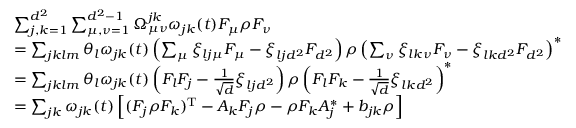
\begin{array} { r l } & { \sum _ { j , k = 1 } ^ { d ^ { 2 } } \sum _ { \mu , \nu = 1 } ^ { d ^ { 2 } - 1 } \Omega _ { \mu \nu } ^ { j k } \omega _ { j k } ( t ) F _ { \mu } \rho F _ { \nu } } \\ & { = \sum _ { j k l m } \theta _ { l } \omega _ { j k } ( t ) \left( \sum _ { \mu } \xi _ { l j \mu } F _ { \mu } - \xi _ { l j d ^ { 2 } } F _ { d ^ { 2 } } \right) \rho \left( \sum _ { \nu } \xi _ { l k \nu } F _ { \nu } - \xi _ { l k d ^ { 2 } } F _ { d ^ { 2 } } \right) ^ { * } } \\ & { = \sum _ { j k l m } \theta _ { l } \omega _ { j k } ( t ) \left( F _ { l } F _ { j } - \frac { 1 } { \sqrt { d } } \xi _ { l j d ^ { 2 } } \right) \rho \left( F _ { l } F _ { k } - \frac { 1 } { \sqrt { d } } \xi _ { l k d ^ { 2 } } \right) ^ { * } } \\ & { = \sum _ { j k } \omega _ { j k } ( t ) \left[ ( F _ { j } \rho F _ { k } ) ^ { \mathrm { T } } - A _ { k } F _ { j } \rho - \rho F _ { k } A _ { j } ^ { * } + b _ { j k } \rho \right] } \end{array}